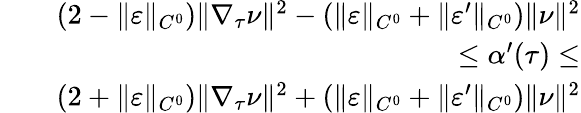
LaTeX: \begin{array}{rlr}&{}&{(2-\| \varepsilon\| _{C^{0}})\| \nabla_{\tau}\nu\| ^{2}-(\| \varepsilon\| _{C^{0}}+\| \varepsilon^{\prime}\| _{C^{0}})\| \nu\| ^{2}}\\ &{}&{\leq\alpha^{\prime}(\tau)\leq}\\ &{}&{(2+\| \varepsilon\| _{C^{0}})\| \nabla_{\tau}\nu\| ^{2}+(\| \varepsilon\| _{C^{0}}+\| \varepsilon^{\prime}\| _{C^{0}})\| \nu\| ^{2}}\end{array}